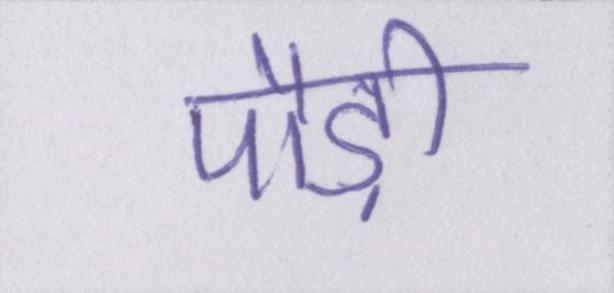
पौड़ी